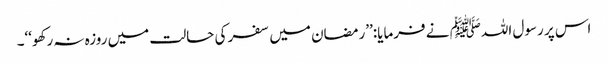
اس پر رسول اللہﷺ نے فرمایا:’’رمضان میں سفر کی حالت میں روزہ نہ رکھو‘‘۔